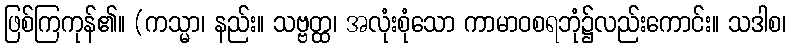
ဖြစ်ကြကုန်၏။ (ကသ္မာ၊ နည်း။ သဗ္ဗတ္ထ၊ အလုံးစုံသော ကာမာဝစရဘုံ၌လည်းကောင်း။ သဒါစ၊